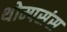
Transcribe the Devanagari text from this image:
थोम्पसंस